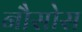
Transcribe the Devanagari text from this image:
नौसोस